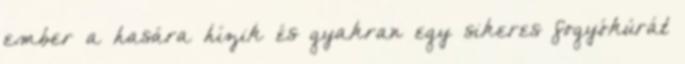
ember a hasára hízik és gyakran egy sikeres fogyókúrát